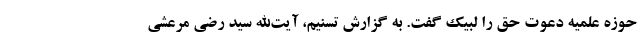
حوزه علمیه دعوت حق را لبیک گفت. به گزارش تسنیم، آیت‌الله سید رضی مرعشی